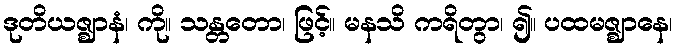
ဒုတိယဇ္ဈာနံ၊ ကို။ သန္တတော၊ ဖြင့်။ မနသိ ကရိတွာ၊ ၍။ ပထမဇ္ဈာနေ၊